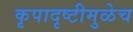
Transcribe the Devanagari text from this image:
कृपादृष्टीमुळेच